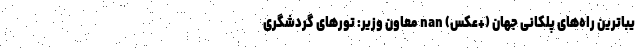
یباترین راه‌های پلکانی جهان (+عکس) nan معاون وزیر: تورهای گردشگری